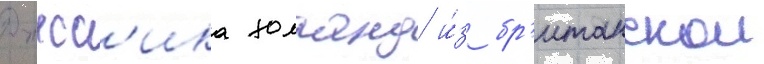
Джесс'ика холланд и́з бр'итанскои